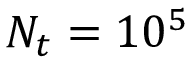
N _ { t } = 1 0 ^ { 5 }